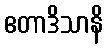
ဧတာဒိသာနိ